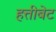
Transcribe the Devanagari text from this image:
हत्तीबेट